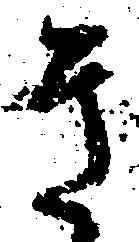
き